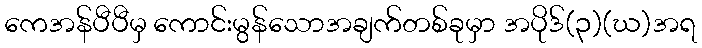
ကေအန်ပီပီမှ ကောင်းမွန်သောအချက်တစ်ခုမှာ အပိုဒ်(၃)(ဃ)အရ